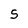
Character: 5